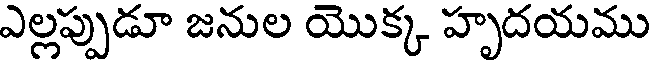
ఎల్లప్పుడూ జనుల యొక్క హృదయము